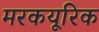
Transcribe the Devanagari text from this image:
मरकयूरिक